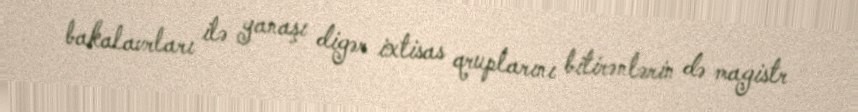
bakalavrları ilə yanaşı digər ixtisas qruplarını bitirənlərin də magistr